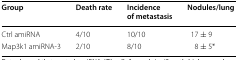
| Group | Death rate | Incidence of metastasis | Nodules/lung |
 | --- | --- | --- | --- |
 | Ctrl amiRNA | 4/10 | 10/10 | 17 ± 9 |
 | Map3k1 amiRNA-3 | 2/10 | 8/10 | 8 ± 5* |